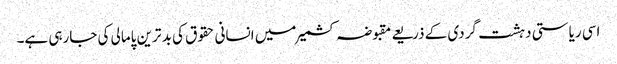
اسی ریاستی دہشت گردی کے ذریعے مقبوضہ کشمیر میں انسانی حقوق کی بد ترین پامالی کی جارہی ہے۔